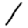
Digit: 1